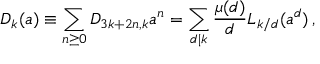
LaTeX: D _ { k } ( a ) \equiv \sum _ { n \ge 0 } D _ { 3 k + 2 n , k } a ^ { n } = \sum _ { d | k } \frac { \mu ( d ) } { d } L _ { k / d } ( a ^ { d } ) \, ,